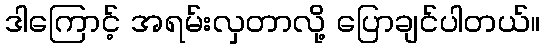
ဒါကြောင့် အရမ်းလှတာလို့ ပြောချင်ပါတယ်။